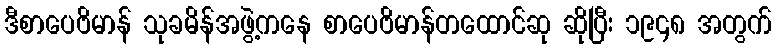
ဒီစာပေဗိမာန် သုခမိန်အဖွဲ့ကနေ စာပေဗိမာန်တထောင်ဆု ဆိုပြီး ၁၉၄၈ အတွက်